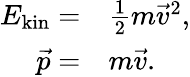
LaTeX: \begin{array}{rl}{E_{\mathrm{kin}}=}&{{}\frac{1}{2}m\vec{v}^{2},}\\ {\vec{p}=}&{{}m\vec{v}.}\end{array}